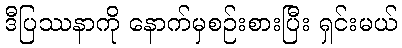
ဒီပြဿနာကို နောက်မှစဉ်းစားပြီး ရှင်းမယ်